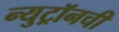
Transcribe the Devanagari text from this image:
न्युट्रॉनची